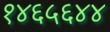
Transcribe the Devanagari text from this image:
१४६५६४४